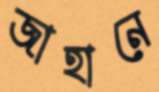
জাহানে